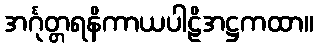
အင်္ဂုတ္တရနိကာယပါဠိအဋ္ဌကထာ။